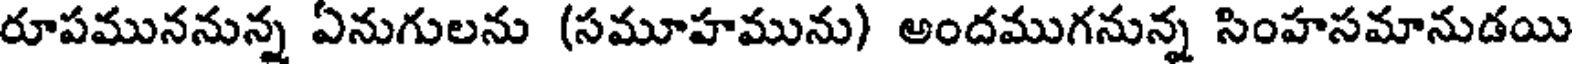
రూపముననున్న ఏనుగులను (సమూహమును) అందముగనున్న సింహసమానుడయి